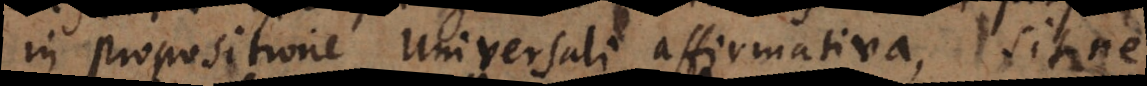
in propositione universali affirmativa, sitne